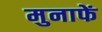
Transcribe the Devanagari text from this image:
मुनाफें